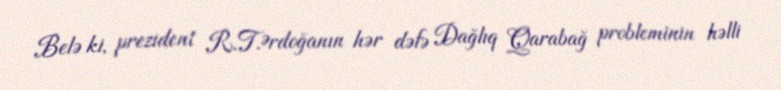
Belə ki, prezident R.T.Ərdoğanın hər dəfə Dağlıq Qarabağ probleminin həlli